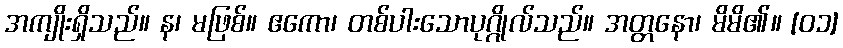
အကျိုးရှိသည်။ န၊ မဖြစ်။ ဧကော၊ တစ်ပါးသောပုဂ္ဂိုလ်သည်။ အတ္တနော၊ မိမိ၏။ [၀၁]